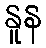
နူန